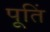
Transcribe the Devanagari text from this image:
पूतिं